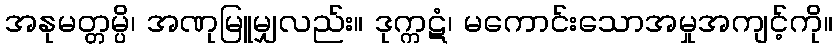
အနုမတ္တမ္ပိ၊ အဏုမြူမျှလည်း။ ဒုက္ကဋံ၊ မကောင်းသောအမှုအကျင့်ကို။